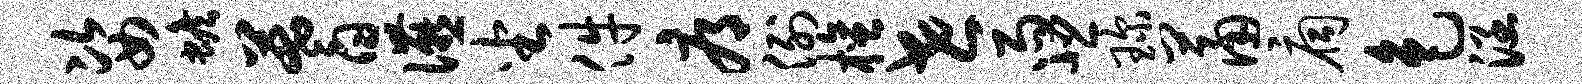
姿蟾蓍宴坐件辱例檀世雨悲琛萧扃色涵